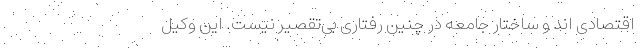
اقتصادی اند و ساختار جامعه در چنین رفتاری بی‌تقصیر نیست. این وکیل